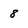
Character: 8